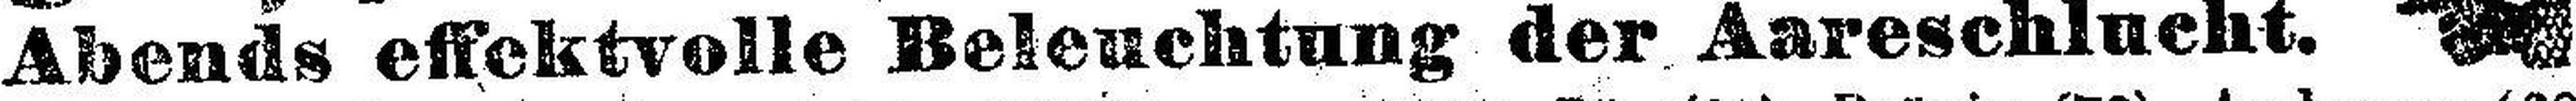
Abends effektvolle Beleuchtung der Aareschlucht.